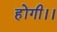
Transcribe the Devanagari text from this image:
होंगी।।